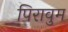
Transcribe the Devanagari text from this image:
पिरावुम